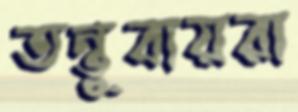
তন্তুবায়রা